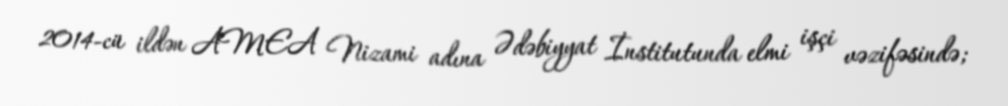
2014-cü ildən AMEA Nizami adına Ədəbiyyat İnstitutunda elmi işçi vəzifəsində;